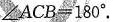
$$\angle ACB=180^{\circ}$$.